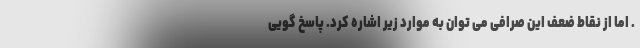
. اما از نقاط ضعف این صرافی می توان به موارد زیر اشاره کرد. پاسخ گویی